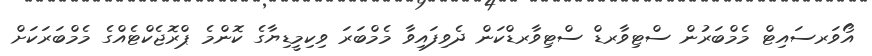
އޯވަރސައިޓް މެމްބަރުން ސްޓިވާރޑް ސްޓިވާރޑްކަން ދެވިފައިވާ މެމްބަރަ ވިކިމީޑިޔާގެ ކޮންމެ ޕްރޮޖެކްޓެއްގެ މެމްބަރަކަށް